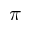
\pi